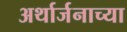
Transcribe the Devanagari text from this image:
अर्थार्जनाच्या